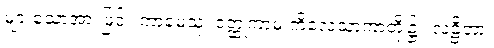
များသောအားဖြင့်။ ကာမေသု၊ ဝတ္ထုကာမ ကိလေသာကာတို့၌။ လဠိတာ၊